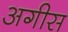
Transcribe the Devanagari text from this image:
अगीस